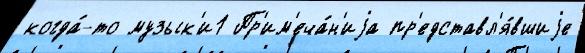
когда́-то музык'и1 Пр'им'еча́н'иjа пр'едставл'я́вшиjе